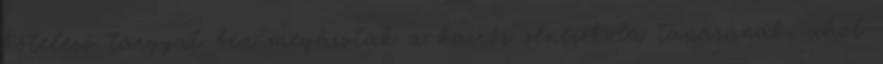
kötelező tárgyat ben meghívták a kairói zeneiskola tanárának, ahol